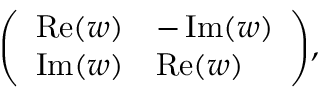
{ \left( \begin{array} { l l } { \operatorname { R e } ( w ) } & { - \operatorname { I m } ( w ) } \\ { \operatorname { I m } ( w ) } & { \operatorname { R e } ( w ) } \end{array} \right) } ,